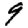
Digit: 9